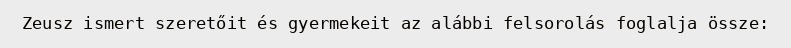
Zeusz ismert szeretőit és gyermekeit az alábbi felsorolás foglalja össze: